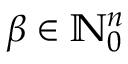
\beta \in \ensuremath { \mathbb { N } } _ { 0 } ^ { n }